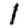
Digit: 1